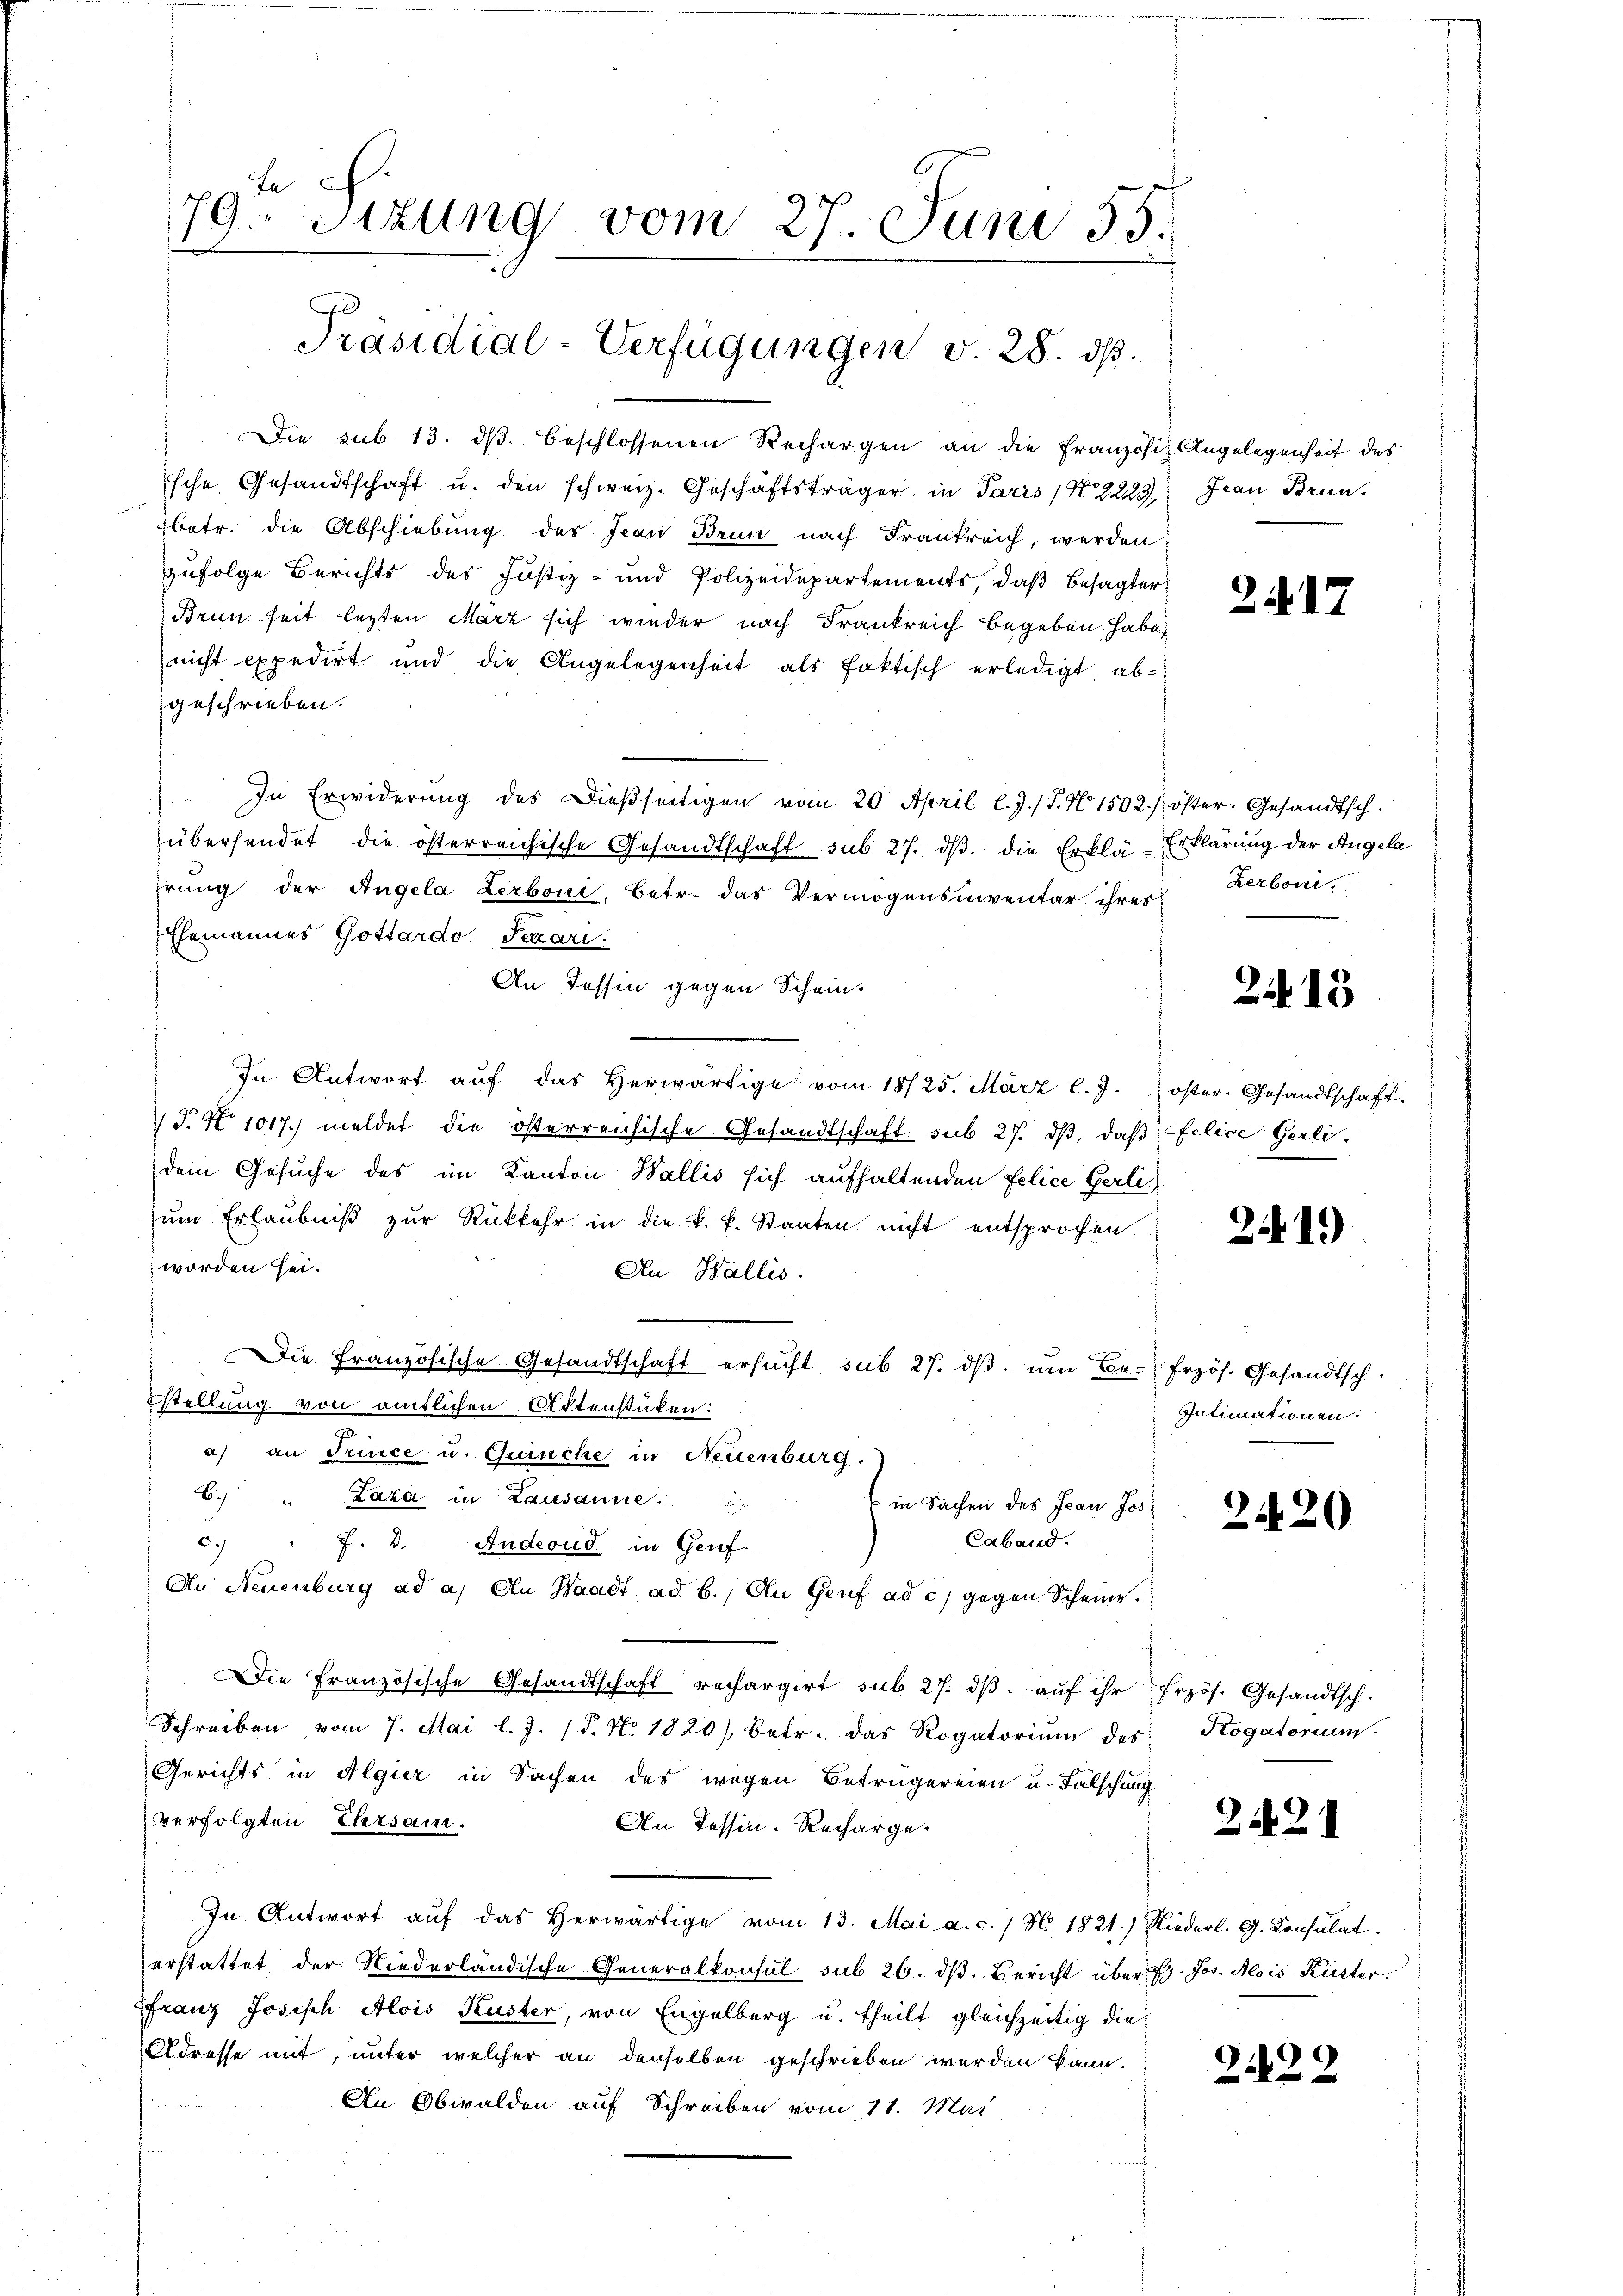
ta
79. Sizung vom 27. Juni 55.
Präsidial-Verfügungen v. 28. ds.

Die sub 13. ds. beschlossenen Rechargen an die Französiz Angelegenheit des
sche Gesandtschaft u. den schweiz. Geschäftsträger, in Paris No 8223,
betr. die Abschiebung des Jean Brun nach Frankreich, werden
zufolge Berichts des Justiz- und Polizeidepartements, daß besagter
Brun seit lezten März sich wieder nach Frankreich begeben habe
nicht expedirt und die Angelegenheit als faktisch erledigt, abgeschrieben.
In Erwiderung des Dießseitigen vom 20. April l. J. / P. N 1502. / öster. Gesandtsch.
übersendet die österreichische Gesandtschaft sub 27. dβ. die Erklä-Erklärung der Angela
prung der Angela Lerboni, Betr. das Vermögensiventar ihres
Ehemannes Gottardo Pexari.
An Tessin gegen Schein¬
In Antwort aŭf das herwärtige vom 18/25. März l. J. öster. Gesandtschaft-
T. No 1017.) meldet die österreichische Gesandtschaft sub 27. dβ, daß felice Gerli.
dem Gesuche des im Kanton Wallis sich aufhaltenden Felice Gerlizum Erlaubniß zur Rückkehr in die k. k. Staaten nicht entsprochen
worden sei.
Au. Wallis.
" Die Französische Gesandtschaft ersŭcht sub 27. dβ ŭm Be-frzös. Gesandtsch
stellung von amtlichen Aktenstüken:
a) an Trince u. Quinche in Neuenburg.
6. " Laka in Lausanne.
in Sachen des Jean Jos.
Caband.
c. " f. 3. Andernd in Genf
An Neuenburg ad a. An Waadt ad b., Clu Genf ad c. gegen Scheine.
Die Französische Gesandtschaft rechargirt sub 27. dβ aŭf ihr frzös. Gesandtsch.
Schreiben vom 7. Mai l. J. 18. No. 1820), betr. das Rogatorium des
Gerichts in Algier in Sachen des wegen Betrügereien u. Falschung
verfolgten Ehrsam.
An Tessin. Recharge.
In Antwort aŭf das herwärtige vom 13. Mai a.c. / N. 1821.) Niederl. G. Konsulat
erstattet, der Niederländische Generalkonsul sub 26. dβ. Bericht über 1. Jos. Alois Küster
Franz Joseph Alois Kuster, von Engelberg u. theilt gleichzeitig die
Adresse mit, unter welcher an denselben geschrieben werden kann.
An Obwalden auf Schreiben vom 11. Mai

Jean Brun

2. d. 27.

Kerboni.

213

21.)

Intimationen:

2420

Rogatorium.

2421

2.29